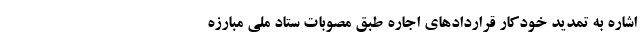
اشاره به تمدید خودکار قراردادهای اجاره طبق مصوبات ستاد ملی مبارزه